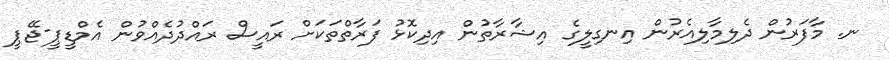
ނ. މާފަރުން ދެލިމާލިއެރުން އިނގިލީގެ އިޝާރާތުން އިދިކޮޅު ފަރާތްތަކަށް ރައީސް ރައްދުދެއްވުން އެމްޑީޕީ-ޖޭޕީ